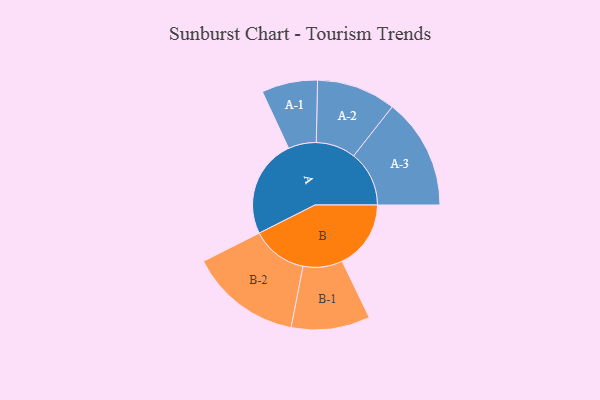
{"axis": {"x": "Segment", "y": "Value"}, "legend": ["", "A", "B"], "data": [{"x": "A", "y": 489, "type": ""}, {"x": "B", "y": 342, "type": ""}, {"x": "A-1", "y": 139, "type": "A"}, {"x": "A-2", "y": 197, "type": "A"}, {"x": "A-3", "y": 276, "type": "A"}, {"x": "B-1", "y": 196, "type": "B"}, {"x": "B-2", "y": 278, "type": "B"}]}